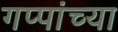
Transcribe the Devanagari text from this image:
गप्पांच्या